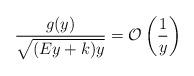
LaTeX: \begin{align*}\frac{g(y)}{\sqrt{(Ey+k)y}} = \mathcal{O}\left(\frac{1}{y}\right)\end{align*}